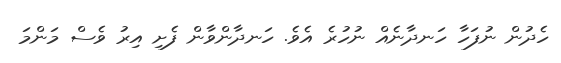
ހެދުން ނުފަހާ ހަނދާނެއް ނުހުރެ އެވެ. ހަނދާންވާން ފެށި އިރު ވެސް މަންމަ